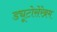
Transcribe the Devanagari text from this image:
ड्यूटोसेरेब्रम